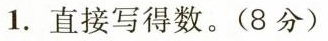
1.直接写得数。(8分)